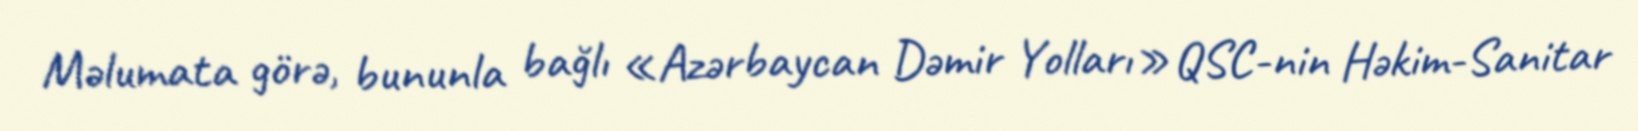
Məlumata görə, bununla bağlı «Azərbaycan Dəmir Yolları» QSC-nin Həkim-Sanitar